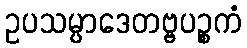
ဥပသမ္ပာဒေတဗ္ဗပဉ္စကံ